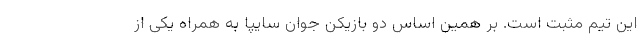
این تیم مثبت است. بر همین اساس دو بازیکن جوان سایپا به همراه یکی از